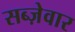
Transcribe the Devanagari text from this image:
सब्ज़ेवार